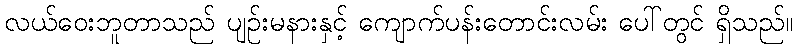
လယ်ဝေးဘူတာသည် ပျဉ်းမနားနှင့် ကျောက်ပန်းတောင်းလမ်း ပေါ်တွင် ရှိသည်။